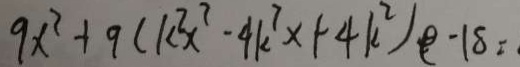
9 x ^ { 2 } + 9 ( k ^ { 2 } x ^ { 2 } - 4 k ^ { 7 } x + 4 k ^ { 2 } ) ( \rho - 1 8 =